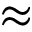
\approx